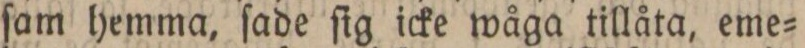
ſam hemma, ſade ſig icke wåga tillåta, eme=